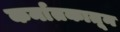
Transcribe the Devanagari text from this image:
कर्नातकातून